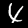
Digit: 4